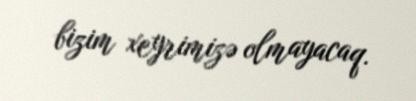
bizim xeyrimizə olmayacaq.